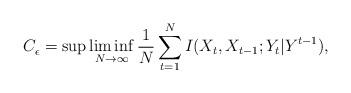
LaTeX: \begin{align*} C_{\epsilon}^{} = \sup \liminf_{N\rightarrow \infty} \frac{1}{N} \sum_{t=1}^{N}I(X_t,X_{t-1};Y_t|Y^{t-1}),\end{align*}